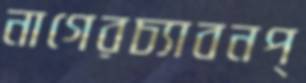
নাগেরচ্যাবনপ্